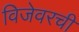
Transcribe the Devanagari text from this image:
विजेवरची